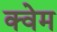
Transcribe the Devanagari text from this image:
क्वेम